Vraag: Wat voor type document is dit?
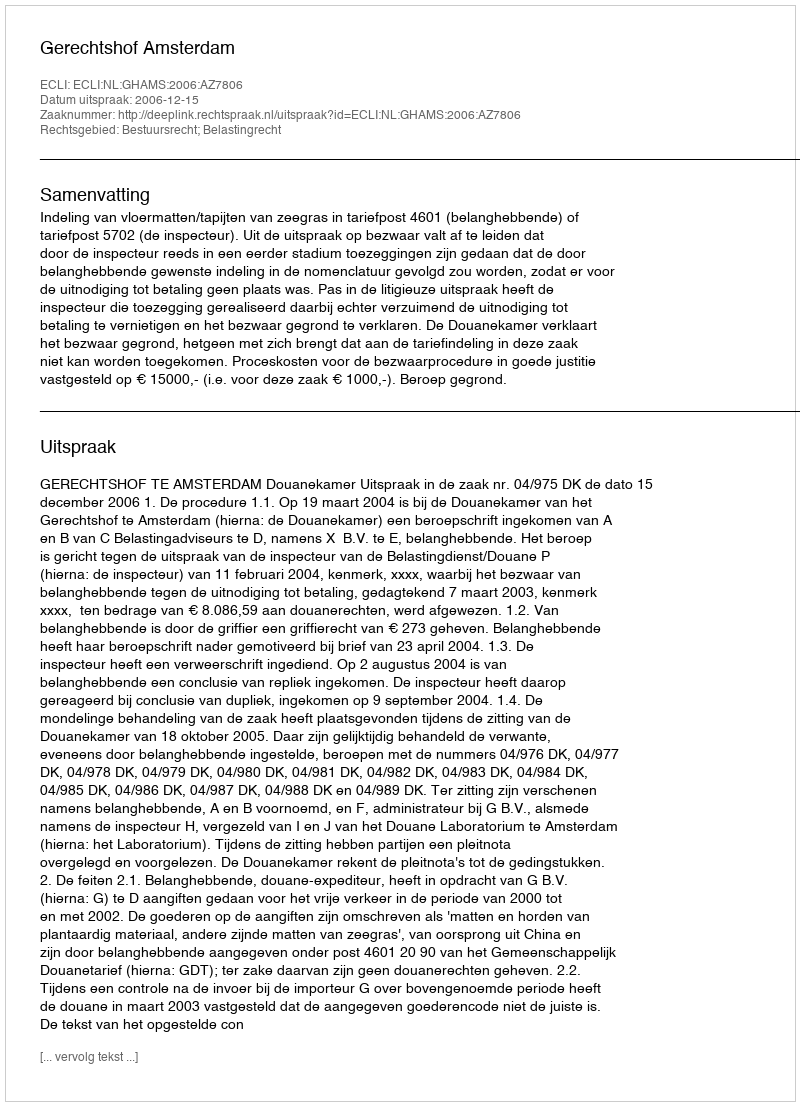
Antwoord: Uitspraak